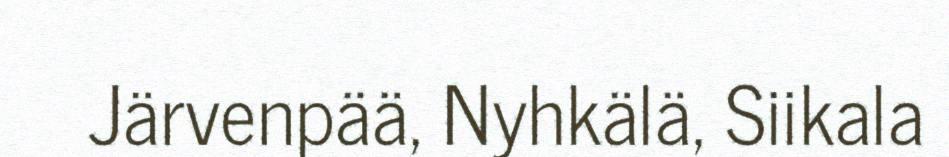
Järvenpää, Nyhkälä, Siikala